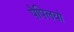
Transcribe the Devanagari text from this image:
पैपिलयो